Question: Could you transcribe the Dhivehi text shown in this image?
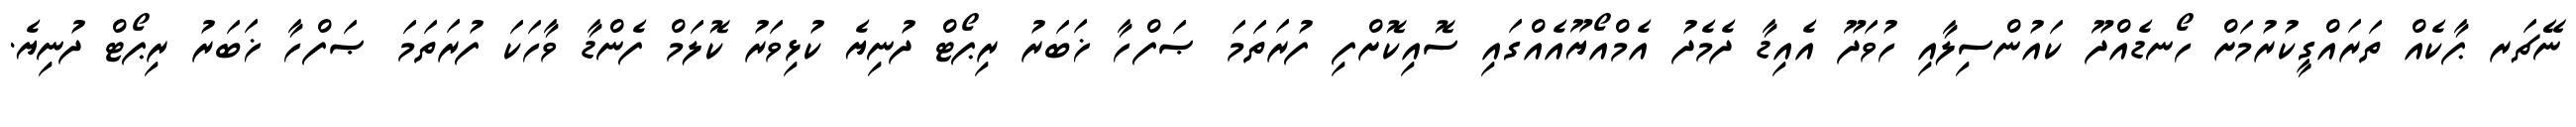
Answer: ނޭޗަރ ޕާކެއް ތަރައްގީކުރުމަށް ހޯނޑެއްދޫ ކައުންސިލާއި ހުވަދޫ އެއިޑާ ދެމެދު އެމްއޯޔޫއެއްގައި ސޮއިކޮށްފި ފުރަތަމަ ޞަފްހާ ޚަބަރު ރިޕޯޓް ދުނިޔެ ކުޅިވަރު ކޮލަމް ފެންޑާ ވާހަކަ ފުރަތަމަ ޞަފްހާ ޚަބަރު ރިޕޯޓް ދުނިޔެ.